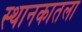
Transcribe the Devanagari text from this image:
स्थानकातला